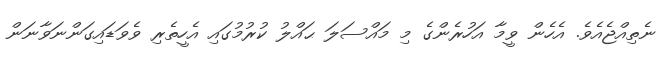
ނެތިއްޖެއެވެ. އެހެން ވީމާ އަހުރެންގެ މި މައްސަލަ ޙައްލު ކުރުމުގައި އެހީތެރި ވެވަޑައިގަންނަވާނަން